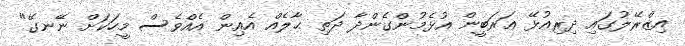
އިޒްރޭލުގައި ދިރިއުޅޭ ޢަރަބީން އުޅެމުންގެންދާ ދަތި ޙާލެއް އެއިން އެއްވެސް މީހަކަށް ނޭނގޭ"